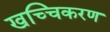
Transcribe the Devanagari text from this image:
खच्चिकरण